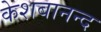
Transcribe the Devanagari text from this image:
केशबानन्द